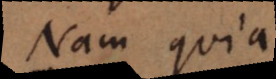
Nam quia